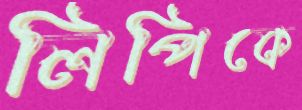
লিপিকে